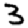
Digit: 3